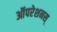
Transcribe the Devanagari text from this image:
ऑपरेशनस्